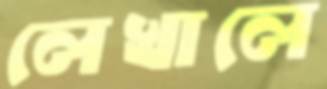
লেখালে